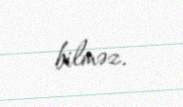
bilməz.